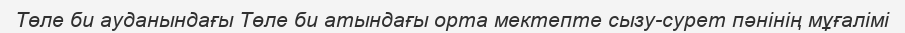
Төле би ауданындағы Төле би атындағы орта мектепте сызу-сурет пәнінің мұғалімі